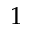
1